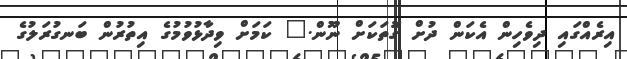
އިރެއްގައި ދިވެހިން އެކަން ދުށް ގޮތަކަށް ނޫން." ކަމަށް ވިދާޅުވުމުގެ އިތުރުން ބަނގުރަލުގެ